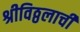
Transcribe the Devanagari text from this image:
श्रीविठ्ठलाची